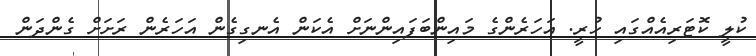
ކުލީ ކޮޓަރިއެއްގައި ހުރީ. އަހަރެންގެ މައިންބަފައިންނަށް އެކަން އެނގިގެން އަހަރެން ރަށަށް ގެންދަން